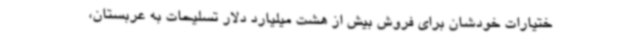
ختیارات خودشان برای فروش بیش از هشت میلیارد دلار تسلیحات به عربستان،